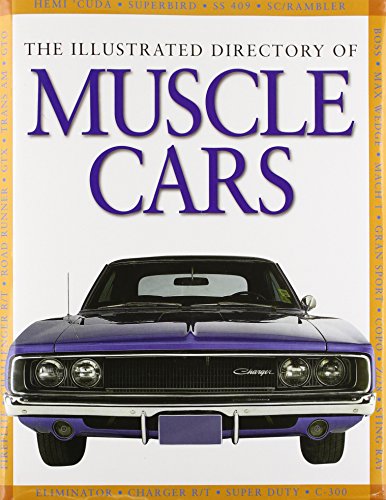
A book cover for The Illustrated Directory of Muscle Cars; Engineering & Transportation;